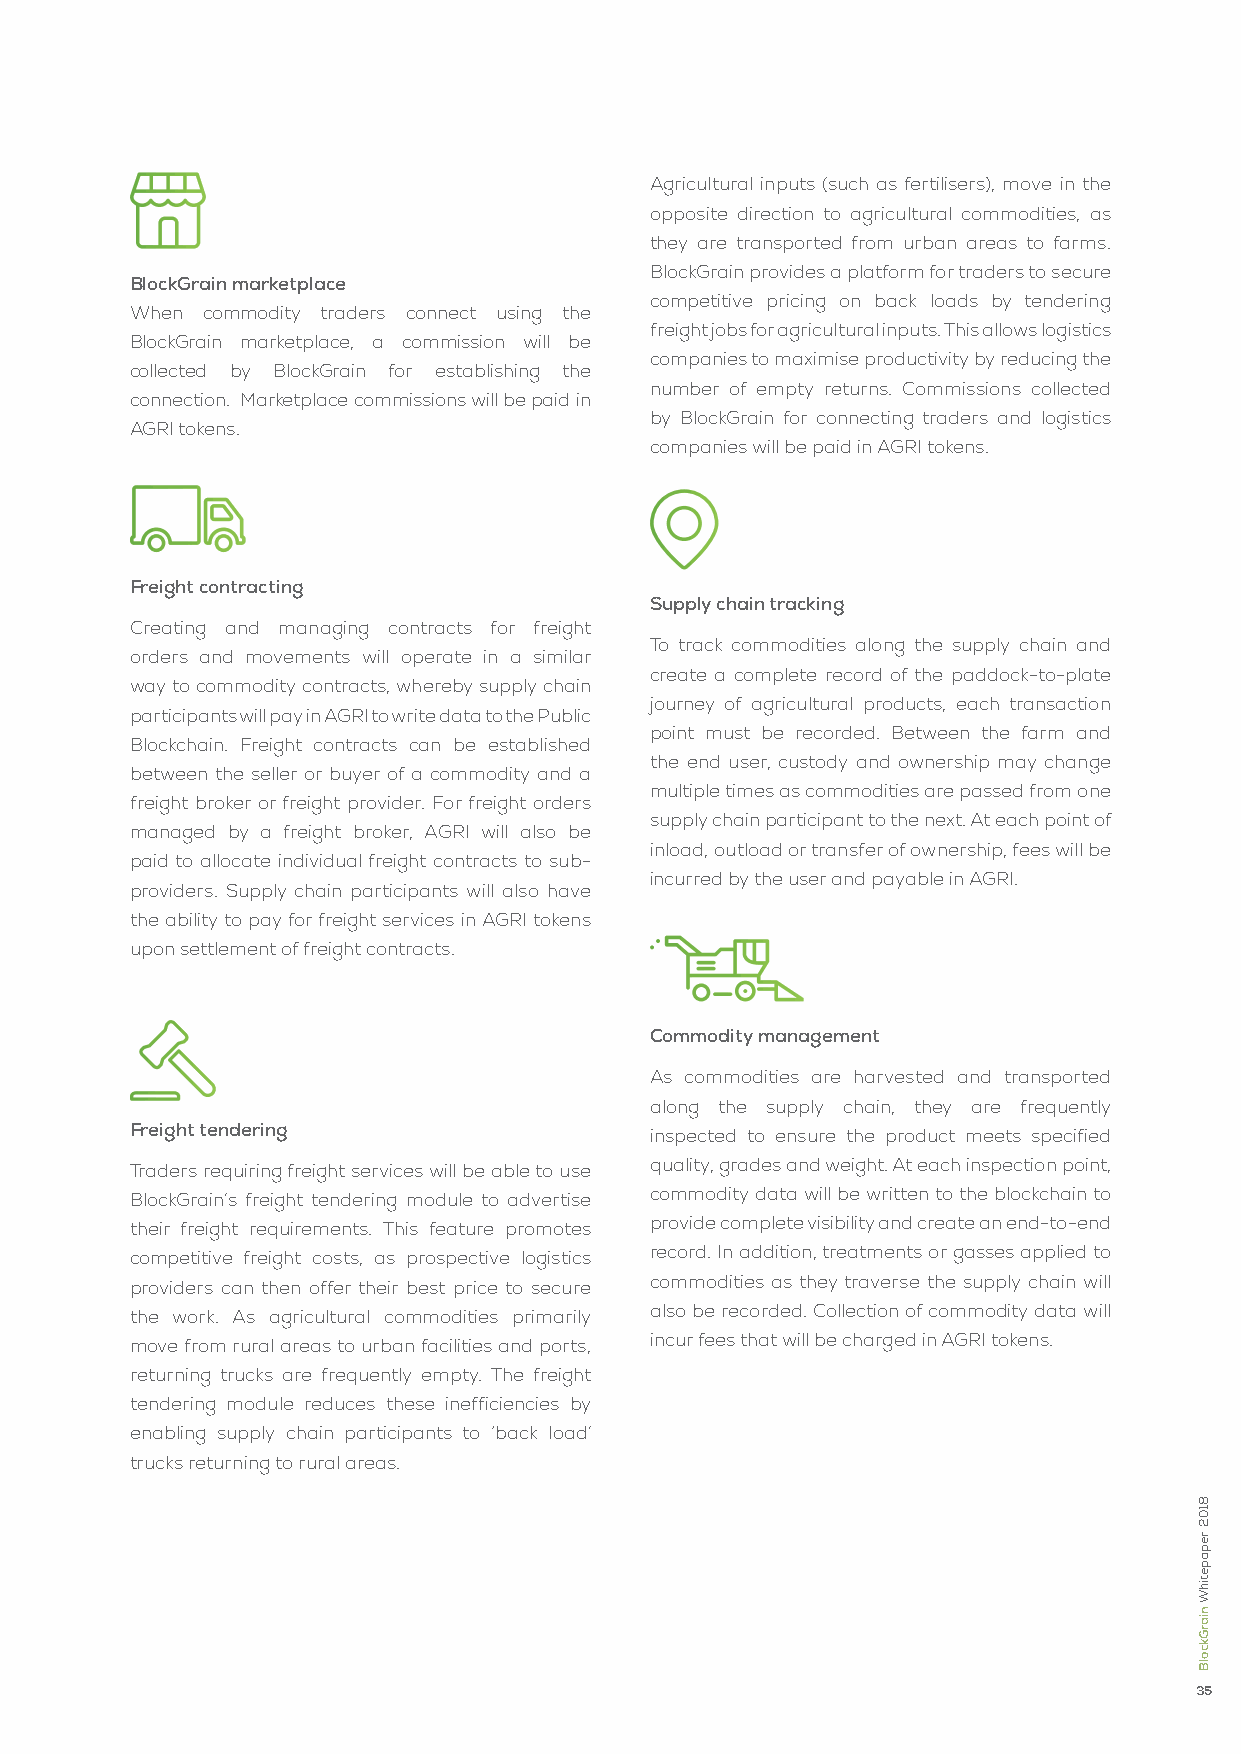
Agricultural inputs (such as fertilisers), move in the
 opposite direction to agricultural commodities, as
 they are transported from urban areas to farms.
 BlockGrain provides a platform for traders to secure
 BlockGrain marketplace
 competitive pricing on back loads by tendering
 When commodity traders connect using the
 freight jobs for agricultural inputs. This allows logistics
 BlockGrain marketplace, a commission will be
 companies to maximise productivity by reducing the
 collected by BlockGrain for establishing the
 number of empty returns. Commissions collected
 connection. Marketplace commissions will be paid in
 by BlockGrain for connecting traders and logistics
 AGRI tokens.
 companies will be paid in AGRI tokens.
 Freight contracting
 Supply chain tracking
 Creating and managing contracts for freight
 To track commodities along the supply chain and
 orders and movements will operate in a similar
 create a complete record of the paddock-to-plate
 way to commodity contracts, whereby supply chain
 journey of agricultural products, each transaction
 participants will pay in AGRI to write data to the Public
 point must be recorded. Between the farm and
 Blockchain. Freight contracts can be established
 the end user, custody and ownership may change
 between the seller or buyer of a commodity and a
 multiple times as commodities are passed from one
 freight broker or freight provider. For freight orders
 supply chain participant to the next. At each point of
 managed by a freight broker, AGRI will also be
 inload, outload or transfer of ownership, fees will be
 paid to allocate individual freight contracts to sub-
 incurred by the user and payable in AGRI.
 providers. Supply chain participants will also have
 the ability to pay for freight services in AGRI tokens
 upon settlement of freight contracts.
 Commodity management
 As commodities are harvested and transported
 along the supply chain, they are frequently
 Freight tendering                 inspected to ensure the product meets specified
 Traders requiring freight services will be able to use quality, grades and weight. At each inspection point,
 BlockGrain’s freight tendering module to advertise commodity data will be written to the blockchain to
 their freight requirements. This feature promotes provide complete visibility and create an end-to-end
 competitive freight costs, as prospective logistics record. In addition, treatments or gasses applied to
 providers can then offer their best price to secure commodities as they traverse the supply chain will
 the work. As agricultural commodities primarily also be recorded. Collection of commodity data will
 move from rural areas to urban facilities and ports, incur fees that will be charged in AGRI tokens.
 returning trucks are frequently empty. The freight
 tendering module reduces these inefficiencies by
 enabling supply chain participants to ‘back load’
 trucks returning to rural areas.
 35
 8102
 repapetihW
 niarGkcolB